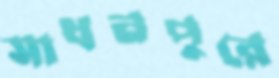
সাধনপুরে